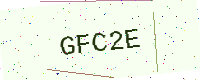
Text: GFC2E